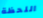
اللحظة